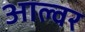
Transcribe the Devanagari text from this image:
आल्वर